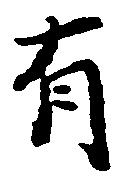
有